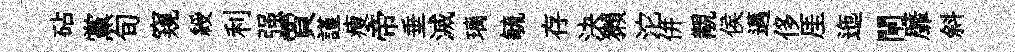
砧黨旬窺綬利强賈謹瘦帝垂滅璃毓存決獺沱併覯侯邁侈厓迤閘靡斜